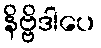
နိဗ္ဗိဒါပေ